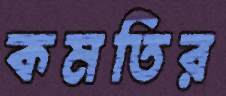
কমতির